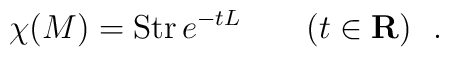
\chi (M) = {\rm Str} \,  e^{-t L}\qquad (t\in {\bf R})\ \ .